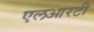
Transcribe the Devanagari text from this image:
एलआरटी